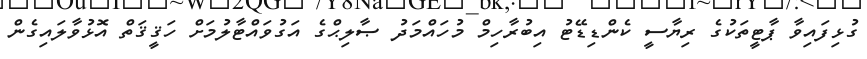
ގުޅިފައިވާ ޕާޓީތަކުގެ ރިޔާސީ ކެންޑިޑޭޓު އިބުރާހިމް މުހައްމަދު ޞާލިޙްގެ އަގުވައްޓާލުމަށް ހަޤީޤަތް އޮޅުވާލައިގެން